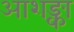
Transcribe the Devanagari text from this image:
आशङ्का